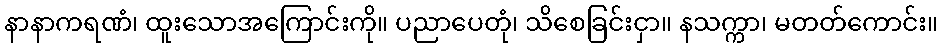
နာနာကရဏံ၊ ထူးသောအကြောင်းကို။ ပညာပေတုံ၊ သိစေခြင်းငှာ။ နသက္ကာ၊ မတတ်ကောင်း။